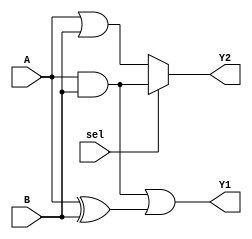
module combinational_logic_block (
    input wire [3:0] A,      // 4-bit input A
    input wire [3:0] B,      // 4-bit input B
    input wire sel,          // Multiplexer select signal
    output wire [3:0] Y1,    // Output for function 1
    output wire [3:0] Y2     // Output for function 2
);

// Common Logic Sharing
wire [3:0] common_logic;
assign common_logic = A & B; // Shared logic (AND operation)

// Output Logic Functions
assign Y1 = common_logic | (A ^ B); // Function 1: common_logic OR (A XOR B)
assign Y2 = sel ? common_logic : (A | B); // Function 2: MUX between common_logic and (A OR B)

endmodule